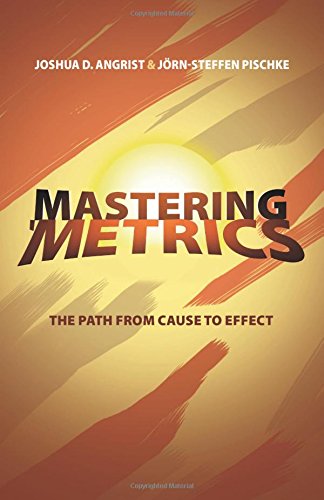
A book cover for Mastering 'Metrics: The Path from Cause to Effect; Joshua D. Angrist; Business & Money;